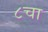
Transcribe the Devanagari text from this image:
८चा